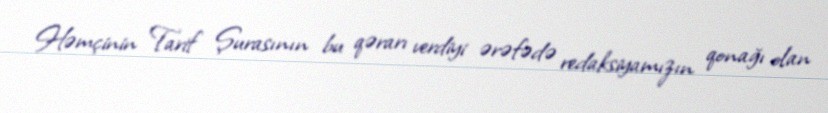
Həmçinin Tarif Şurasının bu qərarı verdiyi ərəfədə redaksiyamızın qonağı olan